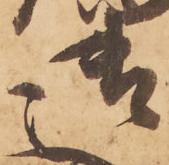
御